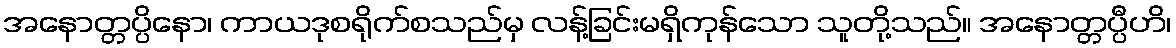
အနောတ္တပ္ပိနော၊ ကာယဒုစရိုက်စသည်မှ လန့်ခြင်းမရှိကုန်သော သူတို့သည်။ အနောတ္တပ္ပီဟိ၊